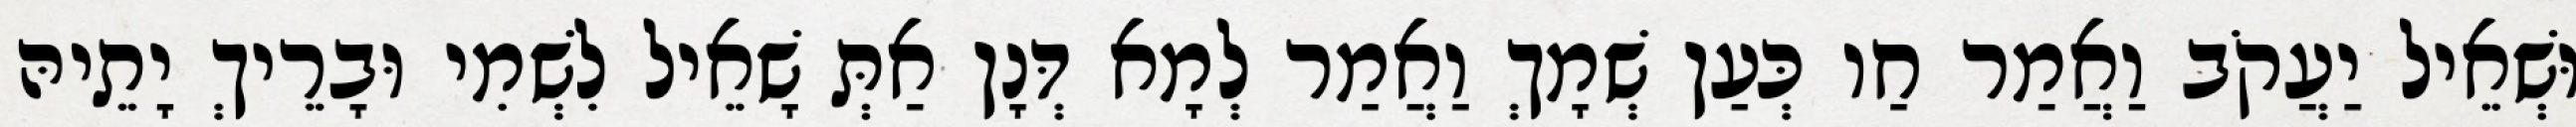
וּשְׁאֵיל יַעֲקֹב וַאֲמַר חַו כְּעַן שְׁמָךְ וַאֲמַר לְמָא דְּנָן אַתְּ שָׁאֵיל לִשְׁמִי וּבָרֵיךְ יָתֵיהּ